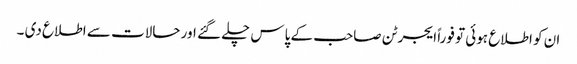
ان کو اطلاع ہوئی تو فوراً ایجرٹن صاحب کے پاس چلے گئے اور حالات سے اطلاع دی ۔